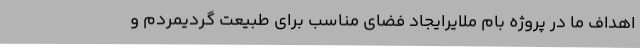
اهداف ما در پروژه بام ملایرایجاد فضای مناسب برای طبیعت گردیمردم و